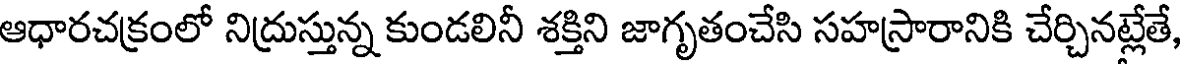
ఆధారచక్రంలో నిద్రుస్తున్న కుండలినీ శక్తిని జాగృతంచేసి సహస్రారానికి చేర్చినట్లేతే,